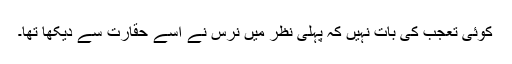
کوئی تعجب کی بات نہیں کہ پہلی نظر میں نرس نے اسے حقارت سے دیکھا تھا۔